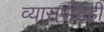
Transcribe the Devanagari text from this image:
व्यासपीठही